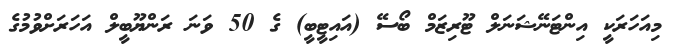
މިއަހަރަކީ އިންޓަނޭޝަނަލް ޓޫރިޒަމް ބޯސޭ (އައިޓީބީ) ގެ 50 ވަނަ ރަންޔޫބީލް އަހަރަށްވުމުގެ